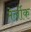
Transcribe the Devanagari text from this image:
मेर्लोक